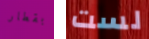
بقطار لست